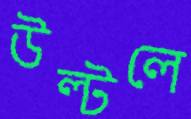
উল্‌টলে